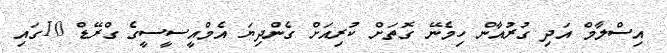
އިސްލާމް އަދި ގުރުއާން ހިމެނޭ ގޮތަށް ކުރިއަށް ގެންދިޔަ އެމްއީސީސީގެ ގްރޭޑް 10ގައި